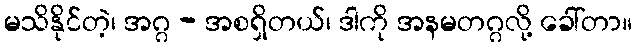
မသိနိုင်တဲ့၊ အဂ္ဂ - အစရှိတယ်၊ ဒါကို အနမတဂ္ဂလို့ ခေါ်တာ။